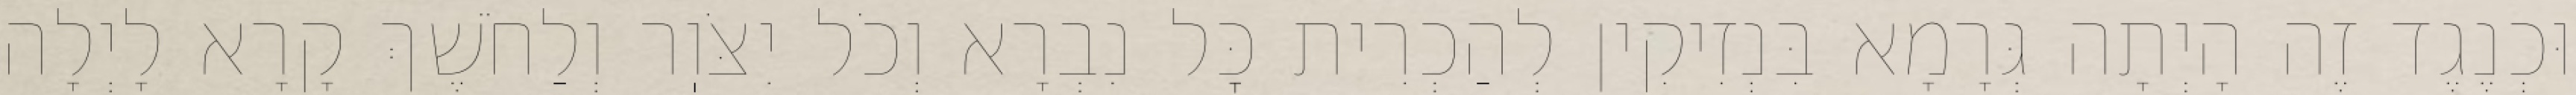
וּכְנֶגֶד זֶה הָיְתָה גְּרָמָא בִּנְזִיקִין לְהַכְרִית כׇּל נִבְרָא וְכֹל יִצֹּוֽר וְלַחֹשֶׁךְ קָרָא לָיְלָה